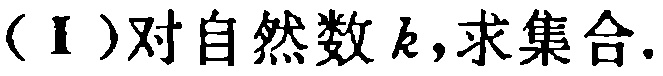
（I）对自然数\(k\)，求集合.